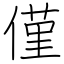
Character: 僅